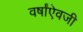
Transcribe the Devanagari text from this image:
वर्षांऐवजी